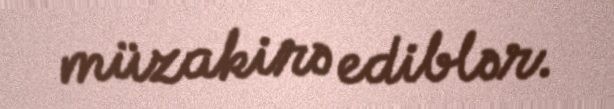
müzakirə ediblər.